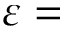
\varepsilon =